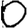
Digit: 0